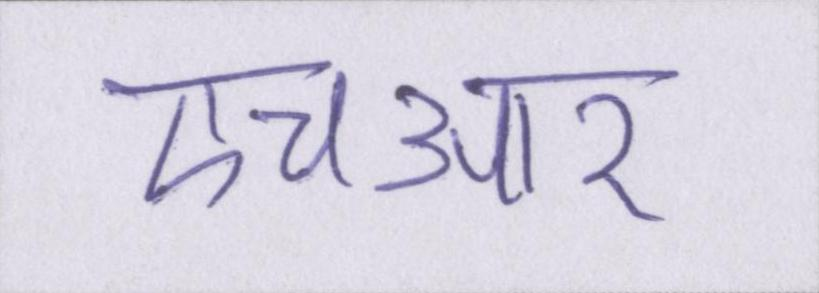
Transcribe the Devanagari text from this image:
एचआर